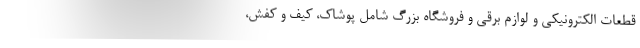
قطعات الکترونیکی و لوازم برقی و فروشگاه بزرگ شامل پوشاک، کیف و کفش،